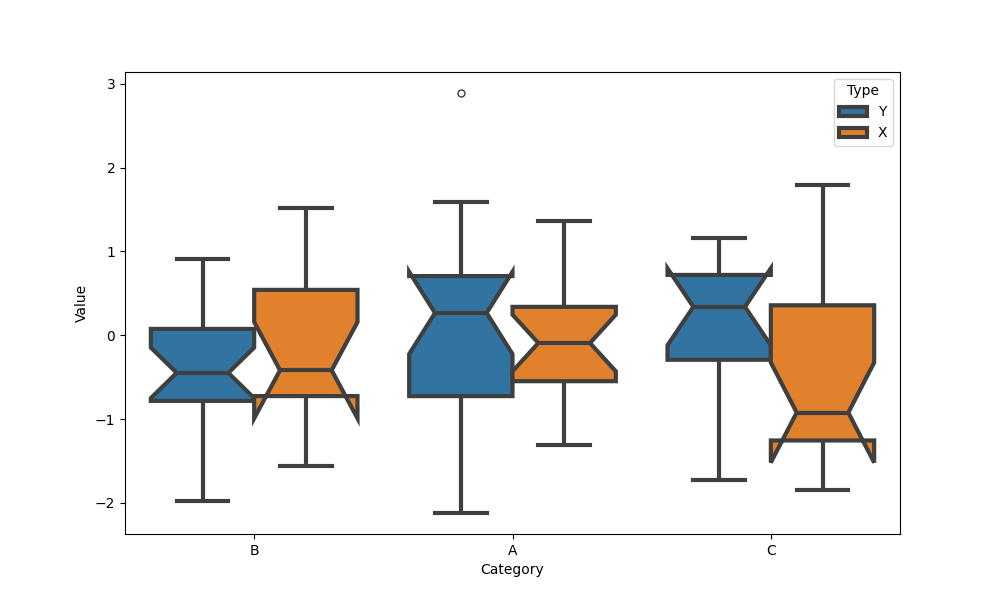
python, seaborn, boxplot, width=0.8, linewidth=3, fliersize=5, notch=True